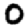
Digit: 0